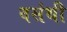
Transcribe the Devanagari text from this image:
वसंथी